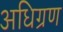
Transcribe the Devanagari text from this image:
अधिग्रण